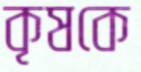
কৃষকে